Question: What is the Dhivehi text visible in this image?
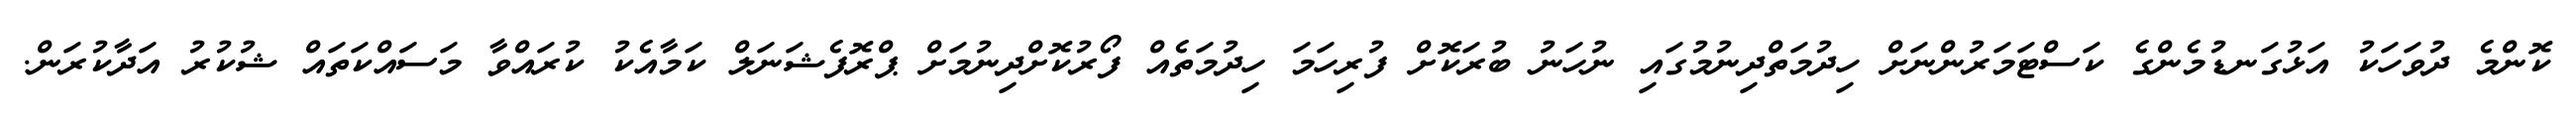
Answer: ކޮންމެ ދުވަހަކު އަޅުގަނޑުމެންގެ ކަސްޓަމަރުންނަށް ހިދުމަތްދިނުމުގައި ނުހަނު ބުރަކޮށް ފުރިހަމަ ހިދުމަތެއް ފޯރުކޮށްދިނުމަށް ޕްރޮފެޝަނަލް ކަމާއެކު ކުރައްވާ މަސައްކަތައް ޝުކުރު އަދާކުރަން.